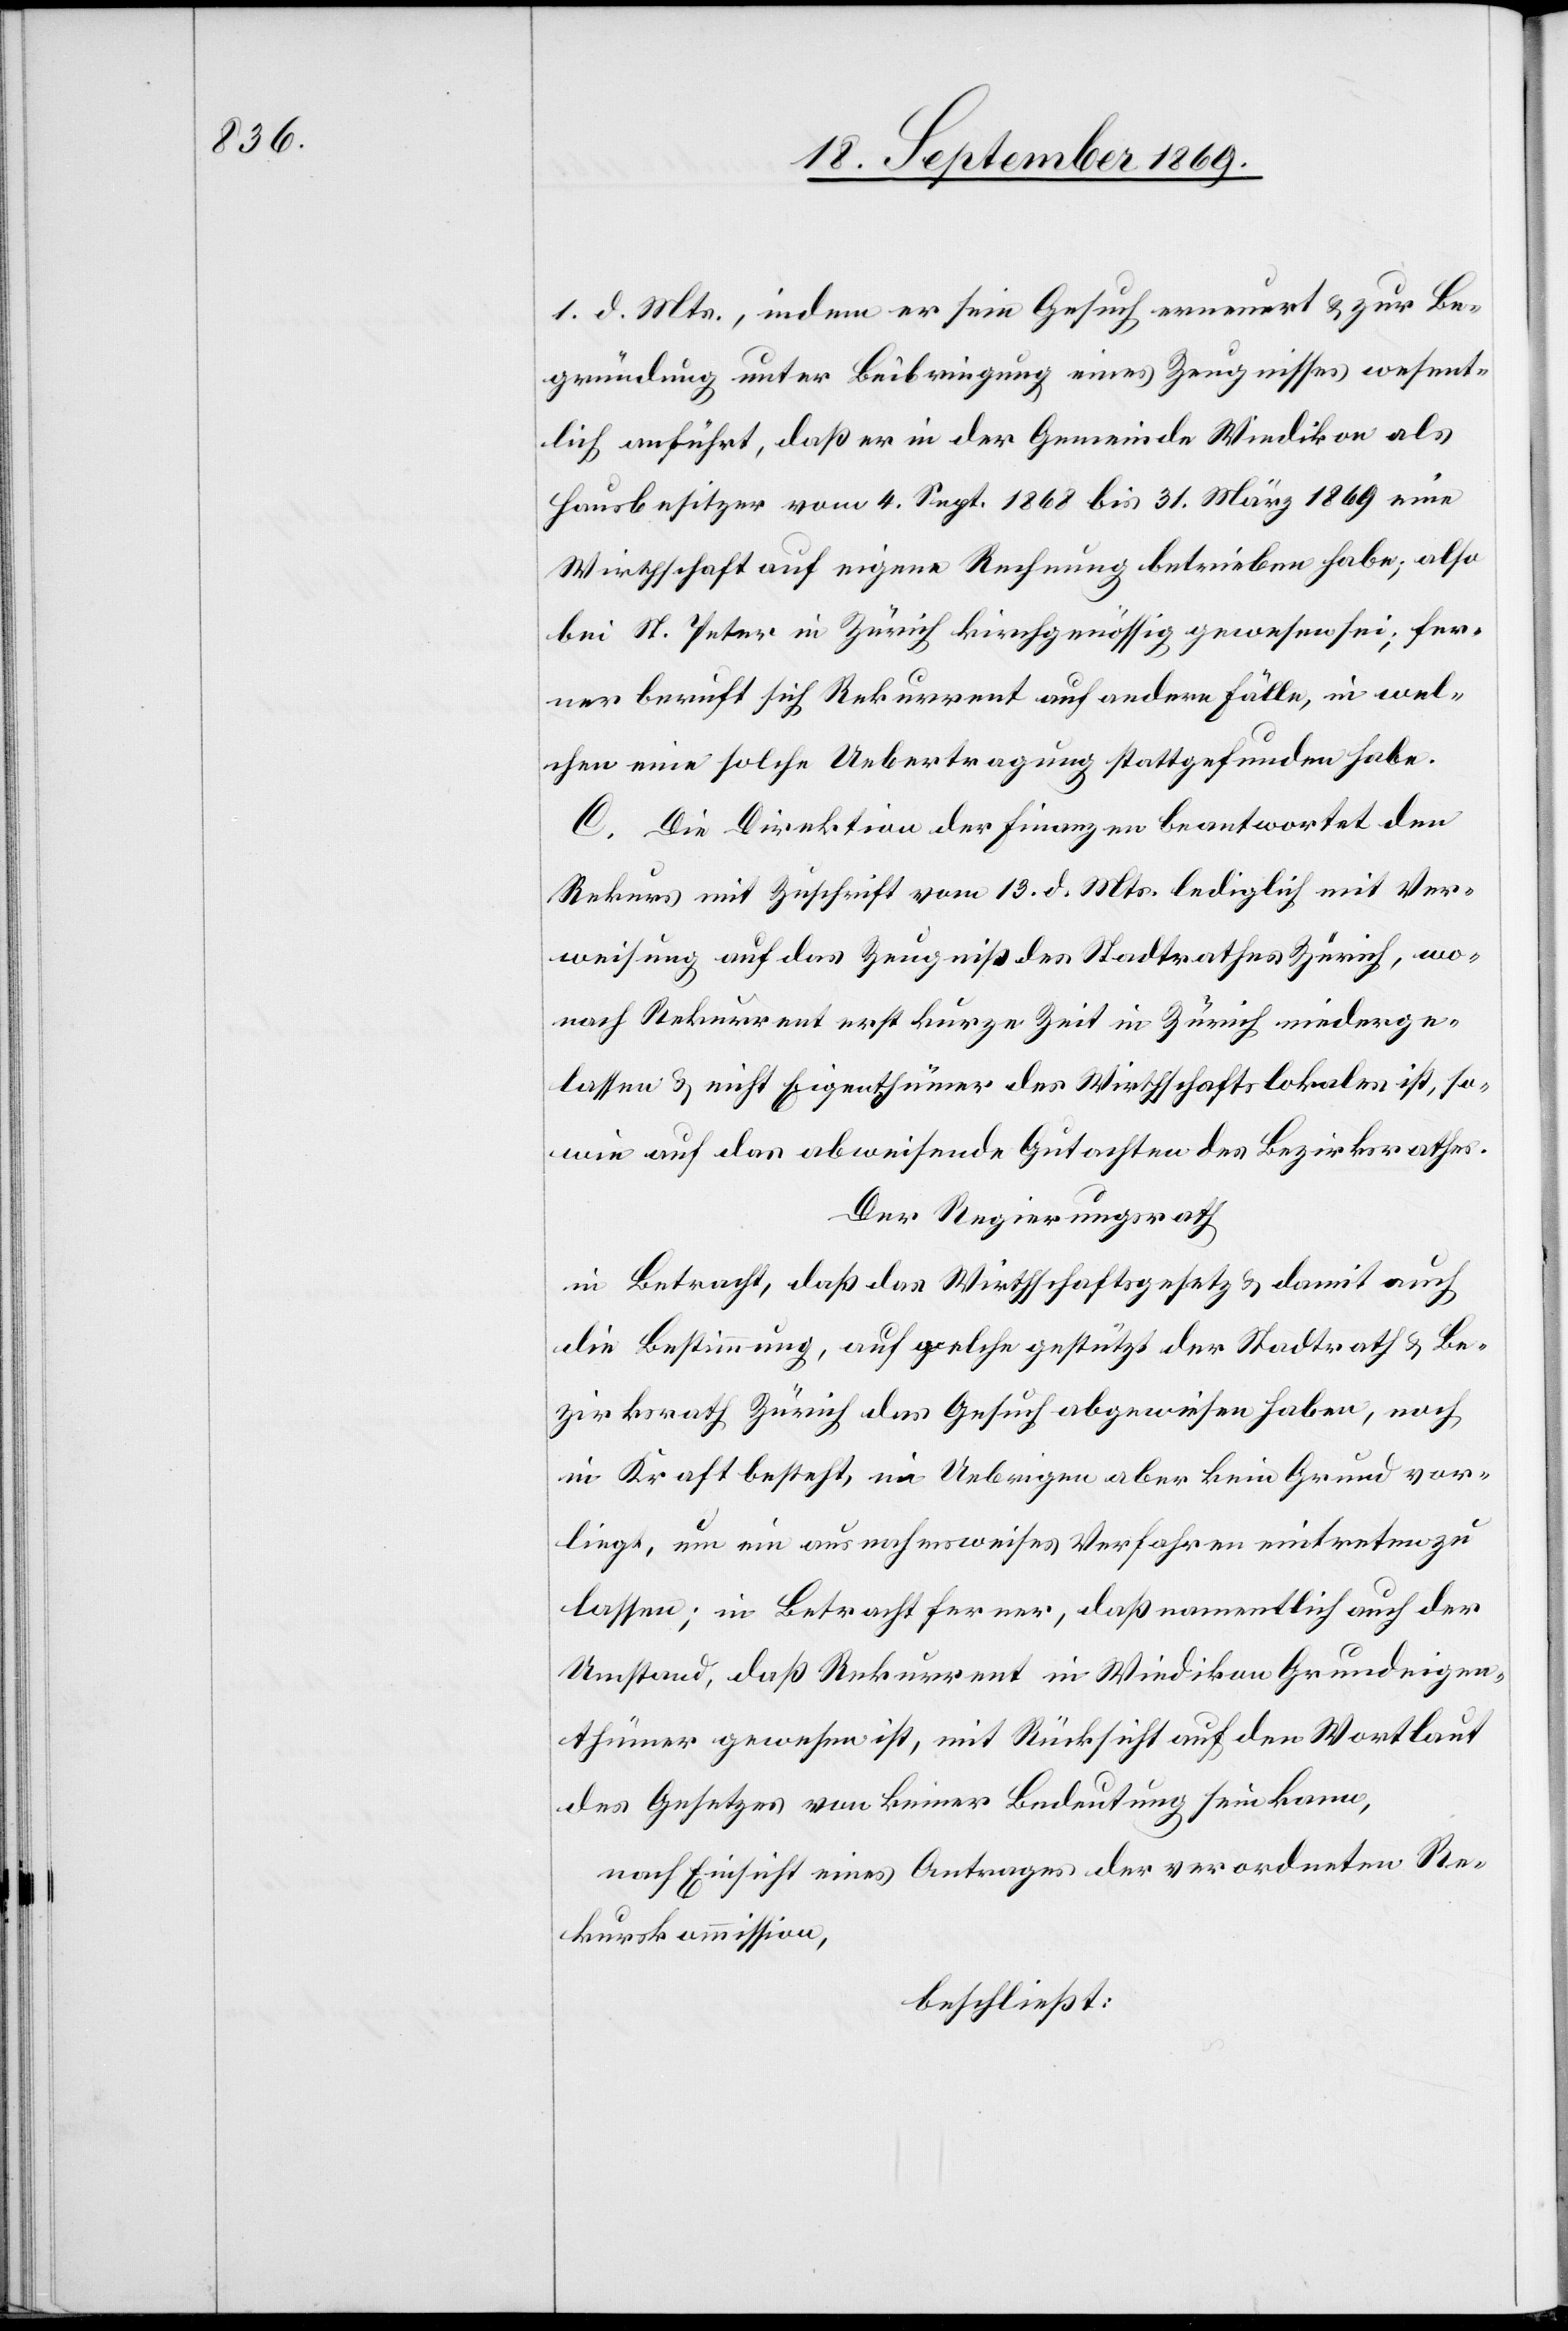
1. d. Mts., indem er sein Gesuch erneuert & zur Be¬
gründung unter Beibringung eines Zeugnisses wesent¬
lich anführt, daß er in der Gemeinde Wiedikon als
Hausbesitzer vom 4. Sept. 1868 bis 31. März 1869 eine
Wirthschaft auf eigene Rechnung betrieben habe; also
bei St. Peter in Zürich kirchgenössig gewesen sei; fer¬
ner beruft sich Rekurrent auf andere Fälle, in wel¬
chen eine solche Uebertragung stattgefunden habe.
C. Die Direktion der Finanzen beantwortet den
Rekurs mit Zuschrift vom 13. d. Mts. lediglich mit Ver¬
weisung auf das Zeugniß des Stadtrathes Zürich, wo¬
nach Rekurrent erst kurze Zeit in Zürich niederge¬
lassen & nicht Eigenthümer des Wirthschaftslokales ist, so¬
wie auf das abweisende Gutachten des Bezirksrathes.
Der Regierungsrath
in Betracht, daß das Wirthschaftsgesetz & damit auch
die Bestimmung, auf welche gestützt der Stadtrath & Be¬
zirksrath Zürich das Gesuch abgewiesen haben, noch
in Kraft besteht, im Uebrigen aber kein Grund vor¬
liegt, um ein ausnahmsweises Verfahren eintreten zu
lassen; in Betracht ferner, daß namentlich auch der
Umstand, daß Rekurrent in Wiedikon Grundeigen¬
thümer gewesen ist, mit Rücksicht auf den Wortlaut
des Gesetzes von keiner Bedeutung sein kann,
nach Einsicht eines Antrages der verordneten Re¬
kurskommission,
beschließt: